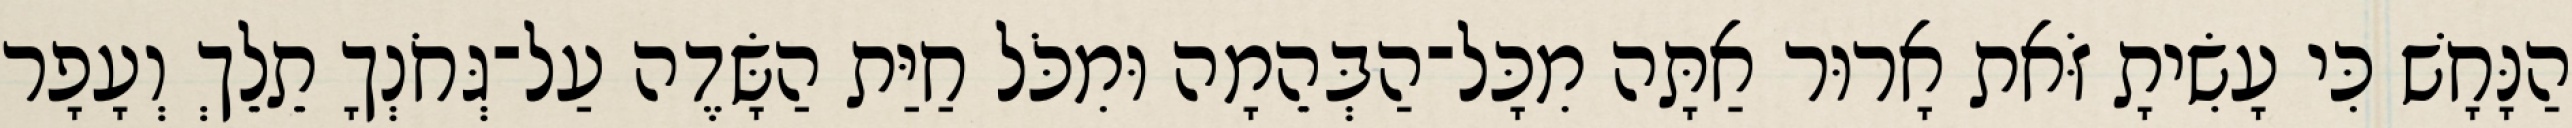
הַנָּחָשׁ כִּי עָשִׂיתָ זֹּאת אָרוּר אַתָּה מִכָּל־הַבְּהֵמָה וּמִכֹּל חַיַּת הַשָּׂדֶה עַל־גְּחֹנְךָ תֵלֵךְ וְעָפָר